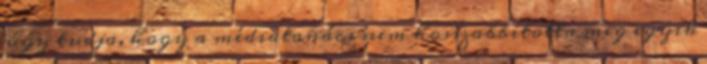
úgy tudja, hogy a médiatanács nem hosszabbította meg egyik